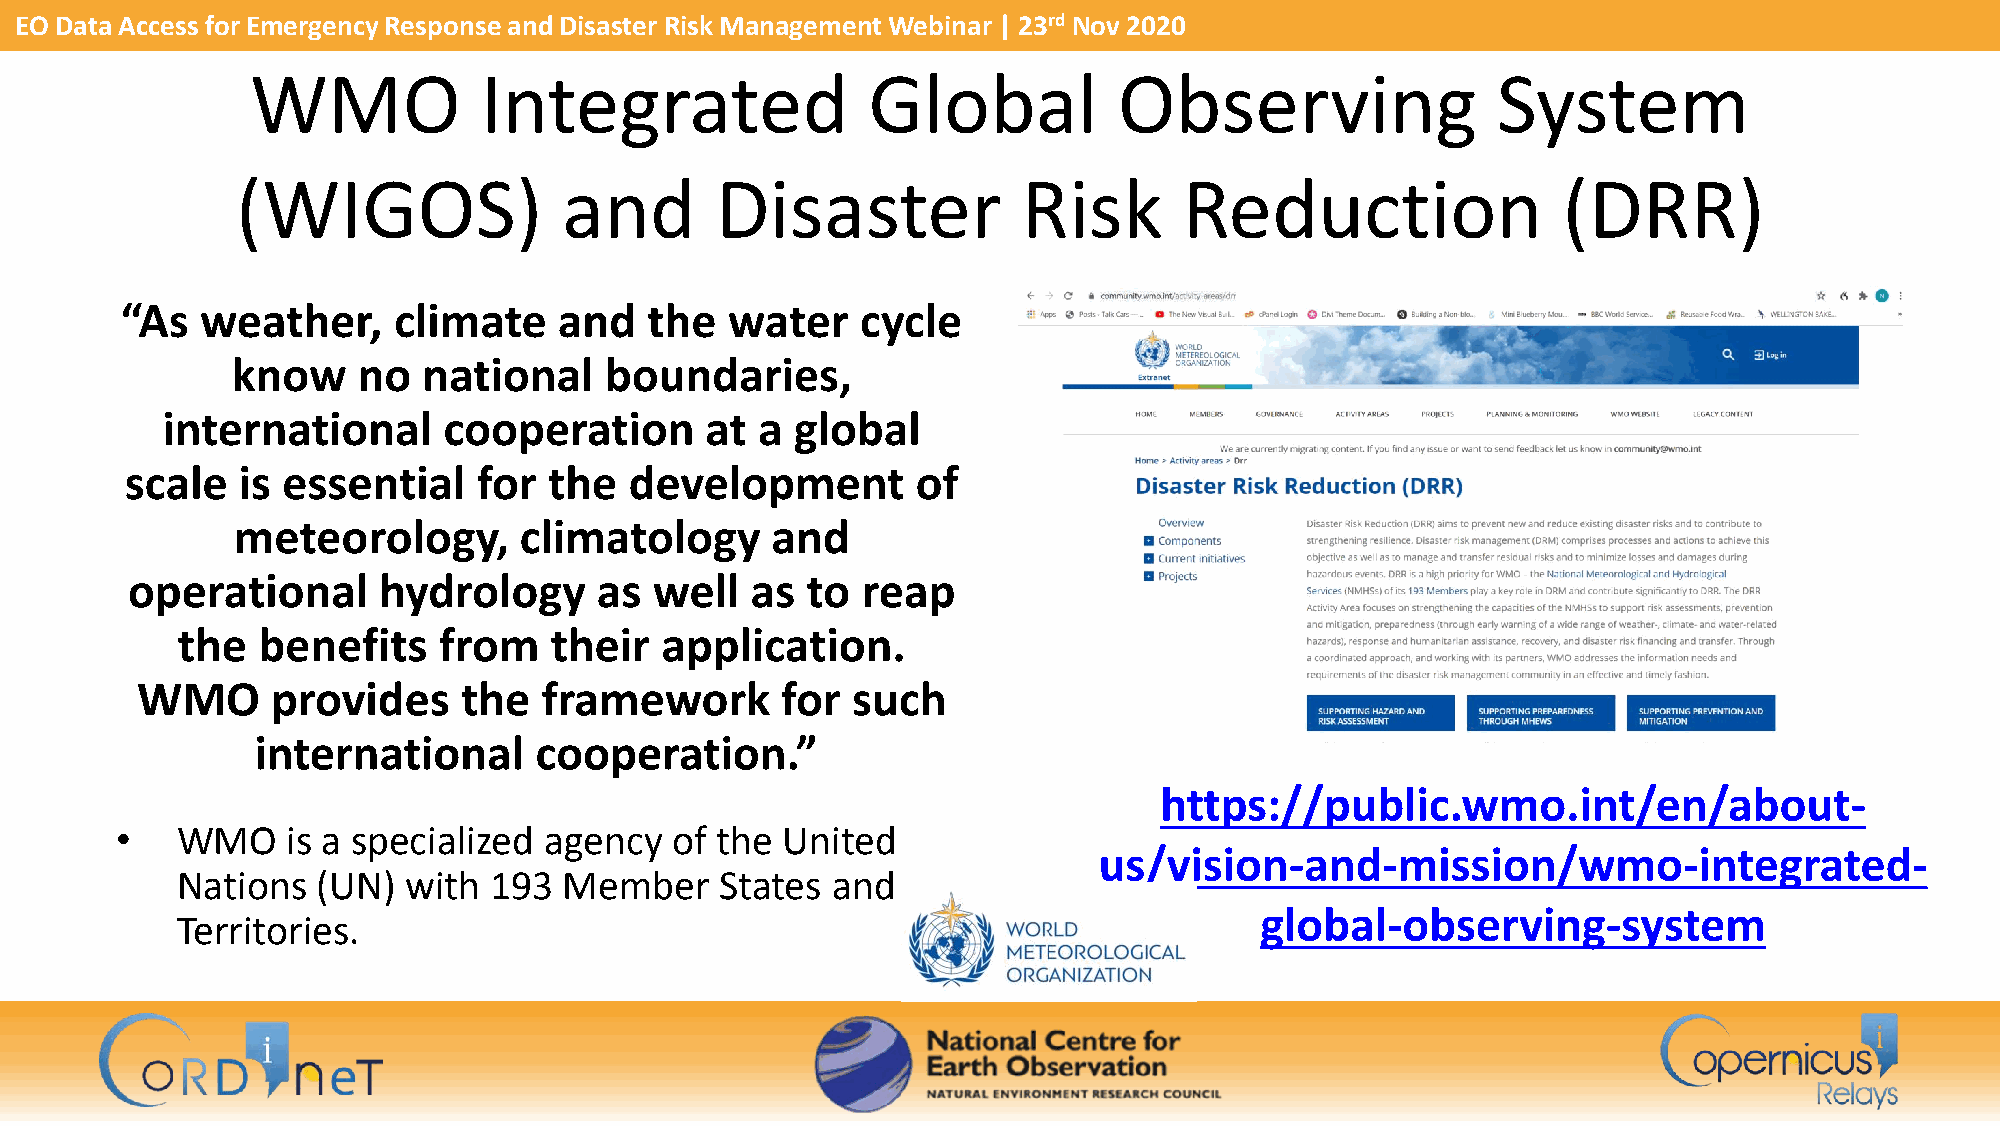
EO Data Access for Emergency Response and Disaster Risk Management Webinar | 23rd Nov 2020
 WMO            Integrated               Global           Observing                System
 (WIGOS)              and       Disaster             Risk      Reduction                (DRR)
 “As  weather,     climate    and   the  water    cycle
 know     no  national    boundaries,
 international     cooperation       at a  global
 scale   is essential    for the   development        of
 meteorology,       climatology      and
 operational      hydrology      as well   as to  reap
 the  benefits    from   their   application.
 WMO      provides     the  framework       for such
 international     cooperation.”
 https://public.wmo.int/en/about-
 •   WMO    is a specialized agency   of the United
 us/vision-and-mission/wmo-integrated-
 Nations  (UN)  with 193  Member     States and
 global-observing-system
 Territories.